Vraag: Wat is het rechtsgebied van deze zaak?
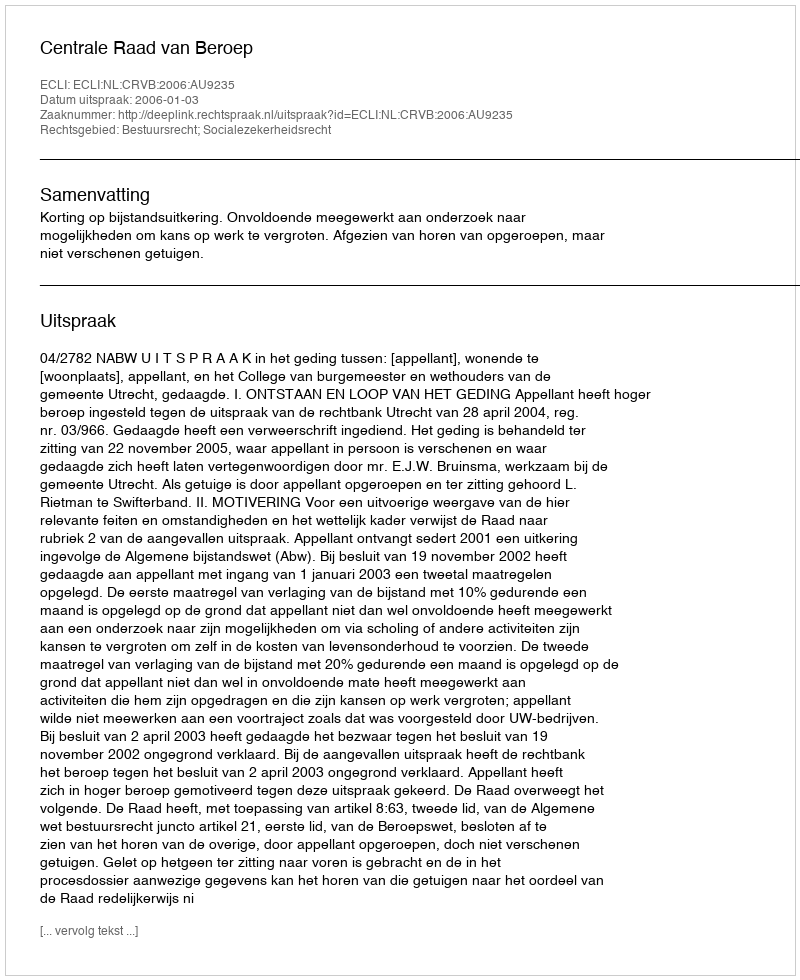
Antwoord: Bestuursrecht; Socialezekerheidsrecht